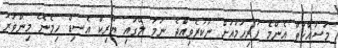
މަސައްކަތް އެންމެ ފުރިހަމައަށް ނުކުރެވިއްޖެ ނަމަ ލޭގައި ޔޫރިކް އެސިޑް ހިމެނޭ މިންވަރު